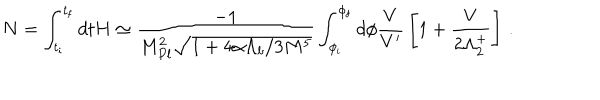
N = \int _ { t _ { \mathrm { i } } } ^ { t _ { \mathrm { f } } } d t H \simeq \frac { - 1 } { M _ { P l } ^ { 2 } \sqrt { 1 + 4 \alpha \Lambda _ { b } / 3 M ^ { 5 } } } \int _ { \phi _ { \mathrm { i } } } ^ { \phi _ { \mathrm { f } } } d \phi { \frac { V } { V ^ { \prime } } } \left[ 1 + { \frac { V } { 2 \Lambda _ { 2 } ^ { + } } } \right] \, .